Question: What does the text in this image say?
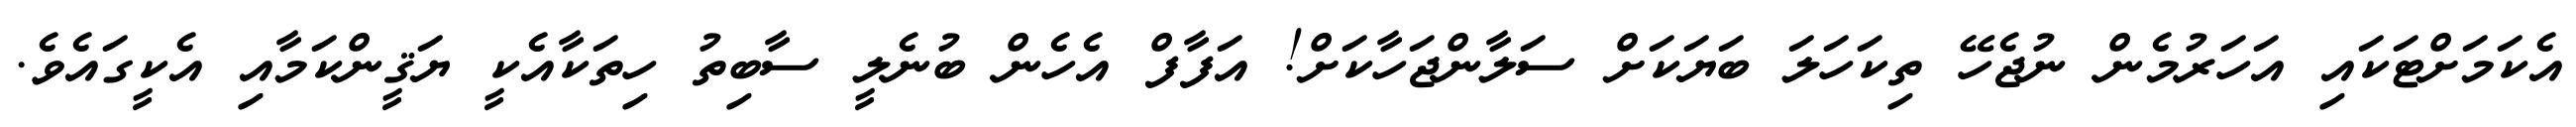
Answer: އެކަމަށްޓަކައި އަހަރުމެން ނުޖެހޭ ތިކަހަލަ ބަޔަކަށް ސަލާންޖަހާކަށް! އަފާފް އެހެން ބުނެލީ ސާބިތު ހިތަކާއެކީ ޔަޤީންކަމާއި އެކީގައެވެ.